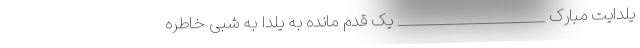
یلدایت مبارک _____________________ یک قدم مانده به یلدا به شبی خاطره